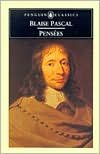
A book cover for Pensees Publisher: Penguin Classics; Blaise Pascal; Politics & Social Sciences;